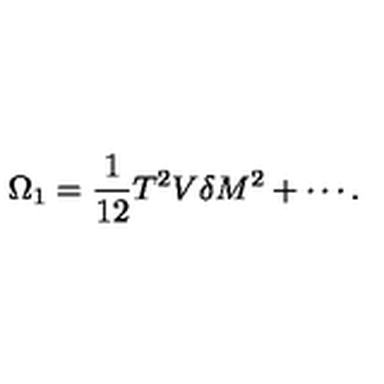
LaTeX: \Omega _ { 1 } = \frac { 1 } { 1 2 } T ^ { 2 } V \delta M ^ { 2 } + \cdots .